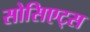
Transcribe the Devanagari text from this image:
सोसिएट्स